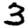
Digit: 3